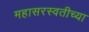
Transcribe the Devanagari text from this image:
महासरस्वतीच्या